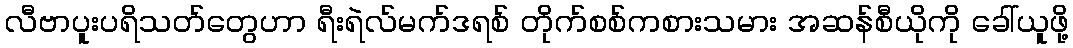
လီဗာပူးပရိသတ်တွေဟာ ရီးရဲလ်မက်ဒရစ် တိုက်စစ်ကစားသမား အဆန်စီယိုကို ခေါ်ယူဖို့